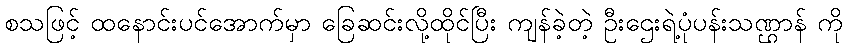
စသဖြင့် ထနောင်းပင်အောက်မှာ ခြေဆင်းလို့ထိုင်ပြီး ကျန်ခဲ့တဲ့ ဦးဌေးရဲ့ပုံပန်းသဏ္ဌာန် ကို